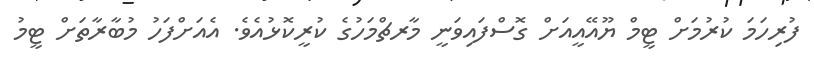
ފުރިހަމަ ކުރުމަށް ޓީމް ޔޫއޭއީއަށް ގޮސްފައިވަނީ މާރޗްމަހުގެ ކުރީކޮޅުއެވެ. އެއަށްފަހު މުބާރާތަށް ޓީމު